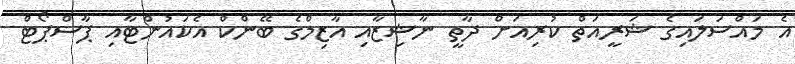
އެ މައްސަލައިގެ ޝަރީއަތް ކުރިއަށް ދާތީ ނާޝިޒާއި އާޒިމްގެ ބޭންކް އެކައުންޓާއި ޕާސްޕޯޓް